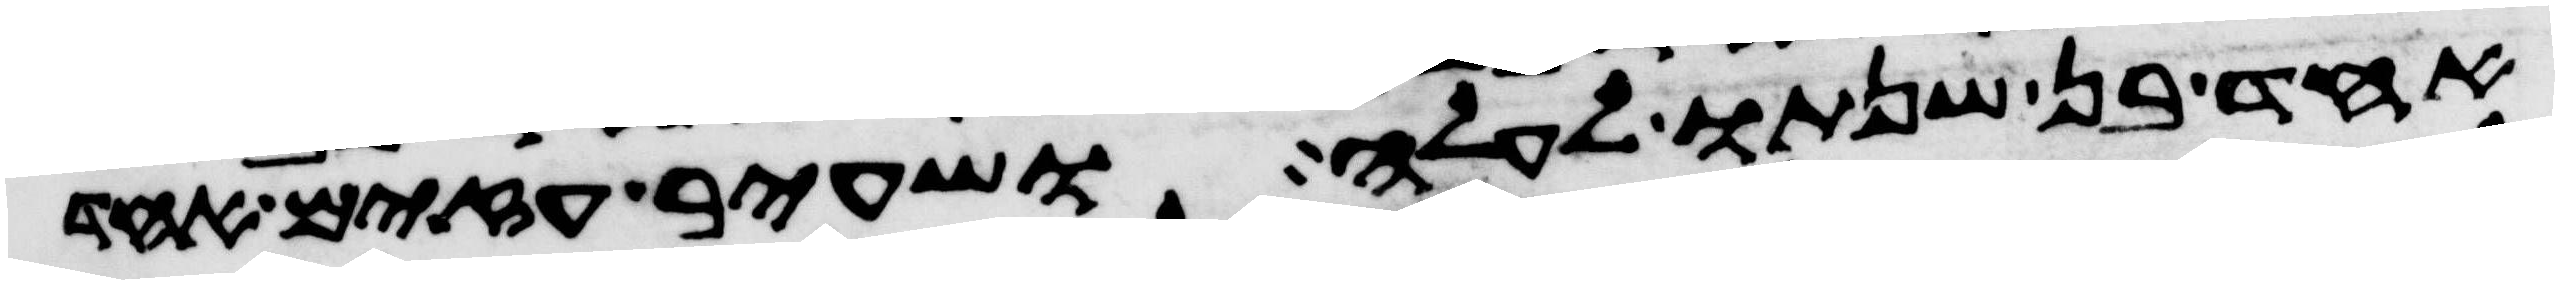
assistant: אחד בן שנתו לעלה ושעיר עזים אחד